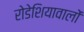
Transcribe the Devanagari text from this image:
रोडेशियावालों